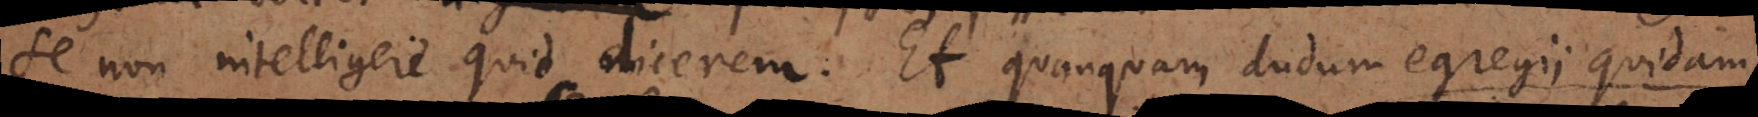
se non intelligere quid dicerem. Et quanquam dudum egregii quidam